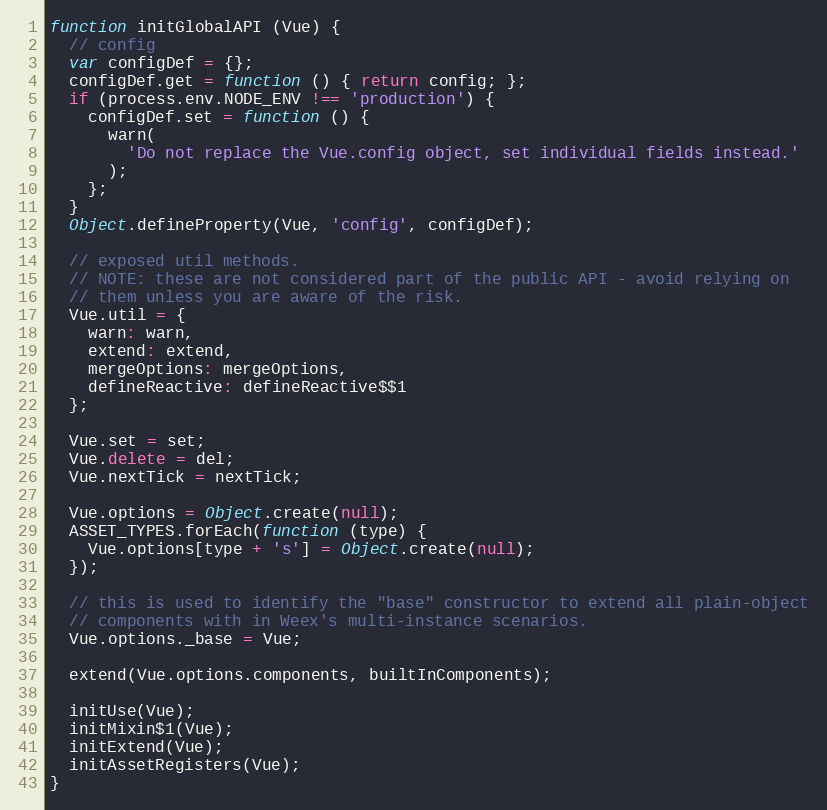
Language: JavaScript
function initGlobalAPI (Vue) {
  // config
  var configDef = {};
  configDef.get = function () { return config; };
  if (process.env.NODE_ENV !== 'production') {
    configDef.set = function () {
      warn(
        'Do not replace the Vue.config object, set individual fields instead.'
      );
    };
  }
  Object.defineProperty(Vue, 'config', configDef);

  // exposed util methods.
  // NOTE: these are not considered part of the public API - avoid relying on
  // them unless you are aware of the risk.
  Vue.util = {
    warn: warn,
    extend: extend,
    mergeOptions: mergeOptions,
    defineReactive: defineReactive$$1
  };

  Vue.set = set;
  Vue.delete = del;
  Vue.nextTick = nextTick;

  Vue.options = Object.create(null);
  ASSET_TYPES.forEach(function (type) {
    Vue.options[type + 's'] = Object.create(null);
  });

  // this is used to identify the "base" constructor to extend all plain-object
  // components with in Weex's multi-instance scenarios.
  Vue.options._base = Vue;

  extend(Vue.options.components, builtInComponents);

  initUse(Vue);
  initMixin$1(Vue);
  initExtend(Vue);
  initAssetRegisters(Vue);
}